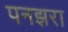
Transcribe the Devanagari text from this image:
पनझरा